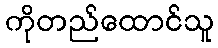
ကိုတည်ထောင်သူ